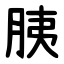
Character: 胰